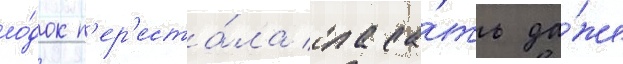
ло́док п'ер'еста́ла спаса́ть да́же